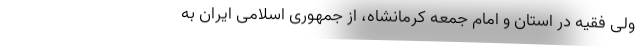
ولی فقیه در استان و امام جمعه کرمانشاه، از جمهوری اسلامی ایران به